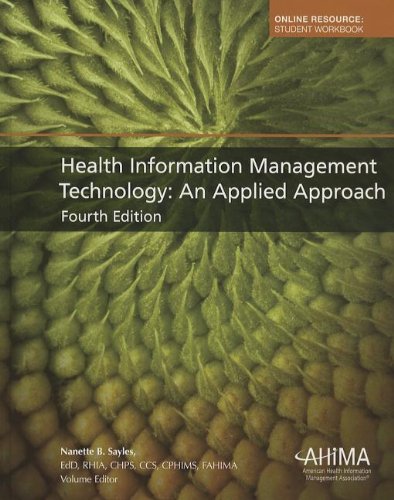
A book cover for Health Information Management Technology: An Applied Approach; Medical Books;